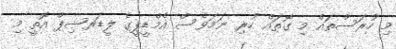
މި ހުރަސްތައް މި ގޮތައް ހުރި ނަމަވެސް އެމްޑީޕީގެ ލީޑަރޝިޕް އޮތީ މި